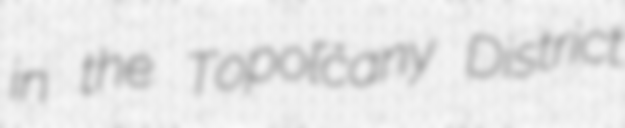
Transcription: in the Topoľčany District